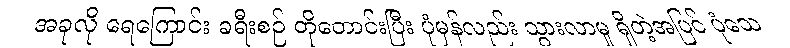
အခုလို ရေကြောင်း ခရီးစဉ် တိုတောင်းပြီး ပုံမှန်လည်း သွားလာမှု ရှိတဲ့အပြင် ပုံသေ